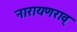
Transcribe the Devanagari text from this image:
नारायणराव्